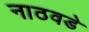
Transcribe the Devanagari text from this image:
नाठवडे